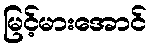
မြင့်မားအောင်